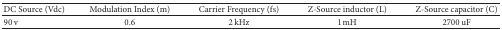
<table><thead><tr><td><b>DC Source (Vdc)</b></td><td><b>Modulation Index (m)</b></td><td><b>Carrier Frequency (fs)</b></td><td><b>Z-Source inductor (L)</b></td><td><b>Z-Source capacitor (C)</b></td></tr></thead><tbody><tr><td>90 v</td><td>0.6</td><td>2 kHz</td><td>1 mH</td><td>2700 uF</td></tr></tbody></table>